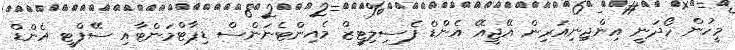
މީހުން ހޯދަނީ އިންޖިނިއަރިން އޭޖީއޭ އެންޑް ފެސިލިޓީޒް މެއިންޓެނަންސް ޑިޕާޓްމަންޓާއި ސޭފްޓީ އެންޑް